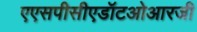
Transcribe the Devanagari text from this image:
एएसपीसीएडॉटओआरजी